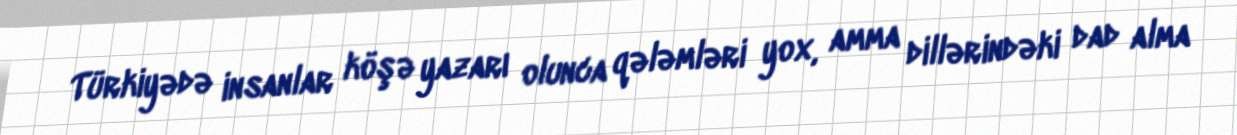
Türkiyədə insanlar köşə yazarı olunca qələmləri yox, amma dillərindəki dad alma